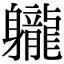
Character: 䡁